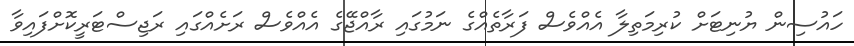
ހައުސިން ޔުނިޓަށް ކުރިމަތިލާ އެއްވެސް ފަރާތެއްގެ ނަމުގައި ރާއްޖޭގެ އެއްވެސް ރަށެއްގައި ރަޖިސްޓަރީކޮށްފައިވާ